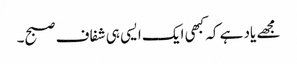
مجھے یاد ہے کہ کبھی ایک ایسی ہی شفاف صبح۔